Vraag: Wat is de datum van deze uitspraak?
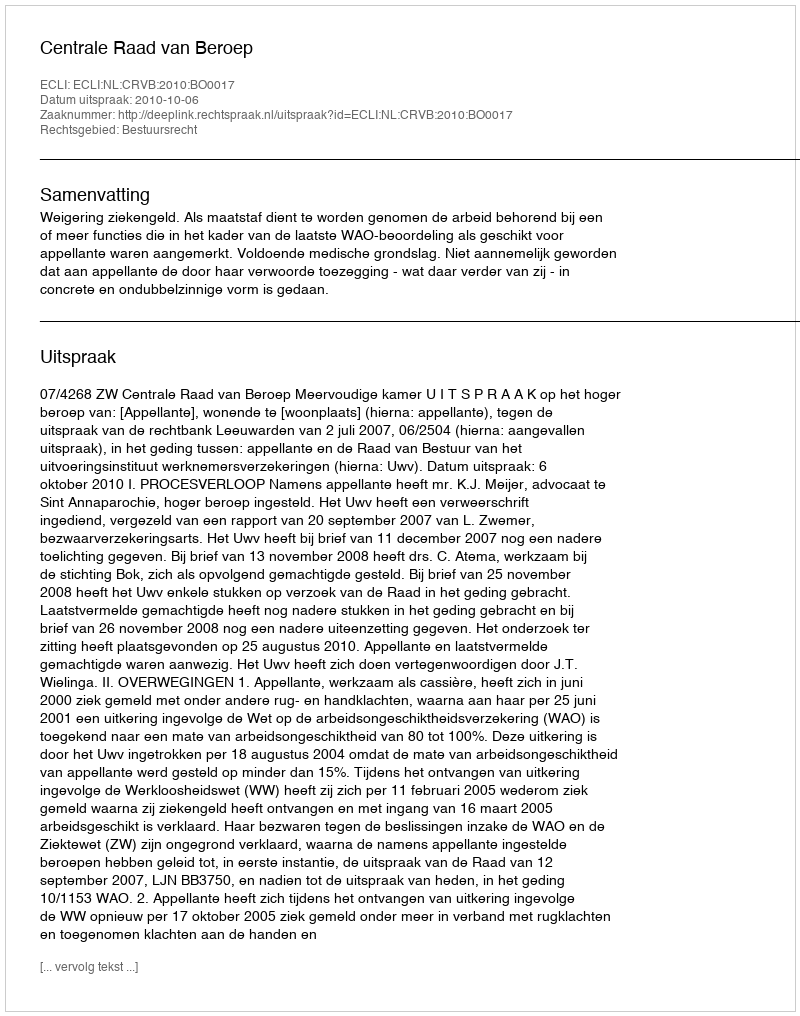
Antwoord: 2010-10-06